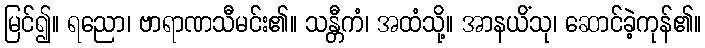
မြင်၍။ ရညော၊ ဗာရာဏသီမင်း၏။ သန္တီကံ၊ အထံသို့။ အာနယိံသု၊ ဆောင်ခဲ့ကုန်၏။